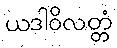
ယဒါဝိလတ္တံ